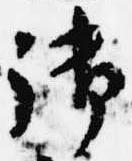
御